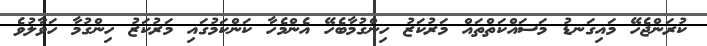
ކުރަންޖެހޭ މައިގަނޑު މަސައްކަތްތައް މަރުކަޒު ހިންގުމާބެހޭ އެންމެހާ ކަންކަމުގައި މަރުކަޒު ހިންގުމާ ހަވާލުވެ